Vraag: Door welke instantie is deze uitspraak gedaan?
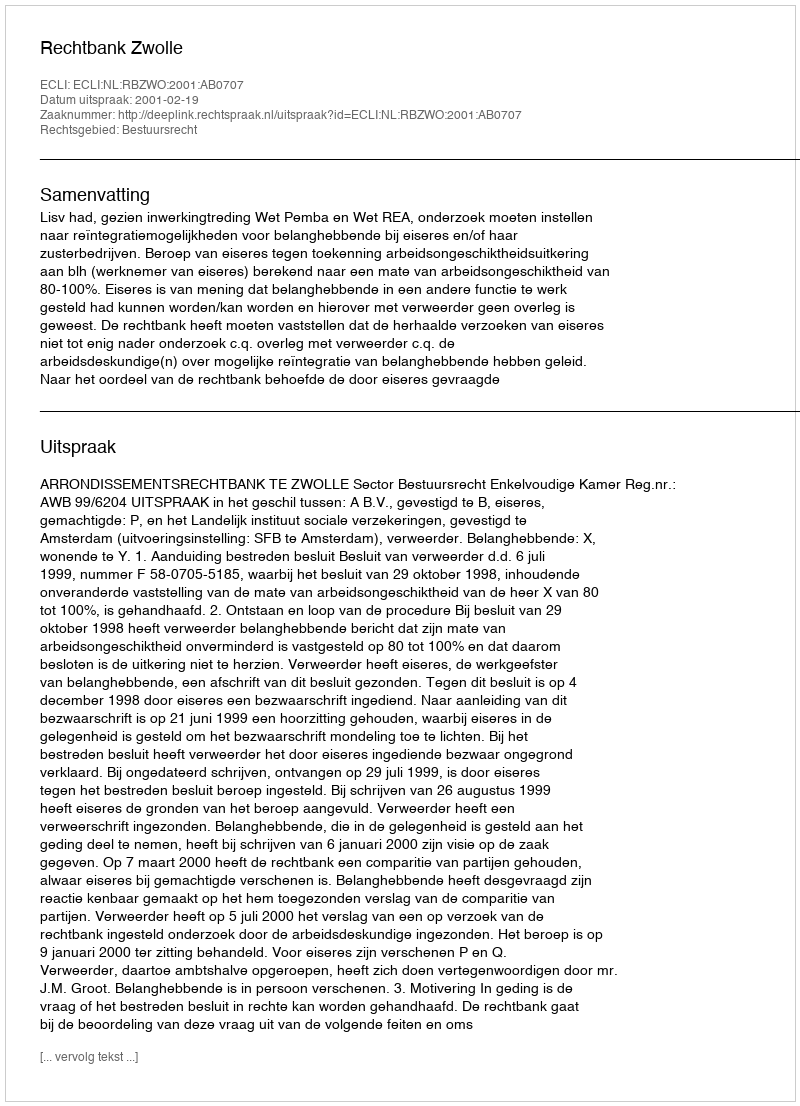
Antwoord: Rechtbank Zwolle